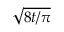
\sqrt { 8 t / \pi }